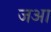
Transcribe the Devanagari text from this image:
जआ